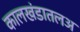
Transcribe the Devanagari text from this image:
कालखंडातलअ